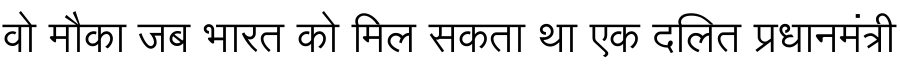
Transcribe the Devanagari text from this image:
वो मौका जब भारत को मिल सकता था एक दलित प्रधानमंत्री